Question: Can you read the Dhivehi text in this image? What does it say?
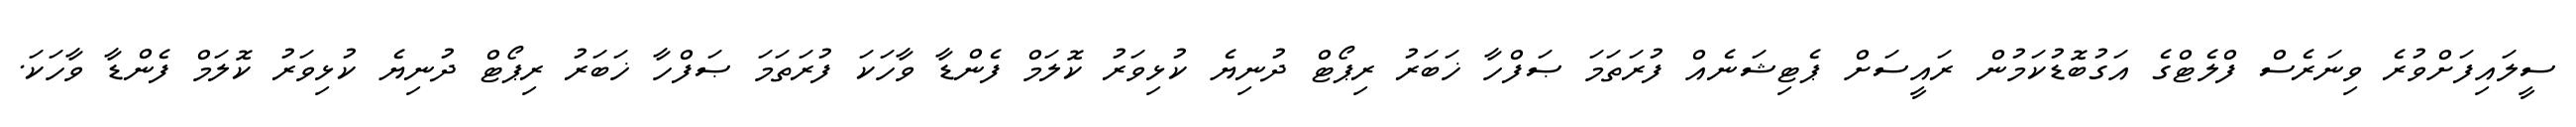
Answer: ސީލައިފަށްވުރެ ވިނަރެސް ފްލެޓްގެ އަގުބޮޑުކަމުން ރައީސަށް ޕެޓިޝަނެއް ފުރަތަމަ ޞަފްހާ ޚަބަރު ރިޕޯޓް ދުނިޔެ ކުޅިވަރު ކޮލަމް ފެންޑާ ވާހަކަ ފުރަތަމަ ޞަފްހާ ޚަބަރު ރިޕޯޓް ދުނިޔެ ކުޅިވަރު ކޮލަމް ފެންޑާ ވާހަކަ.